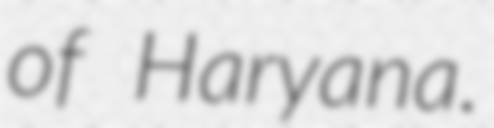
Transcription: of Haryana.